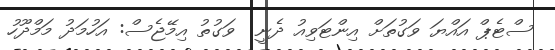
ސްޓެޕް އައްޔަ ވަގުތަށް އިންޓަވިއު ދެނީ  ވަގުތު އިމޭޖެސް: އަހުމަދު މަމްދޫހު